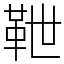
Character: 靾